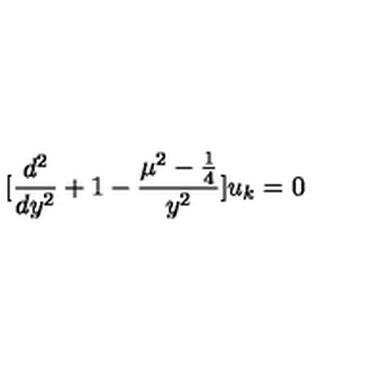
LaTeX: [ \frac { d ^ { 2 } } { d y ^ { 2 } } + 1 - \frac { \mu ^ { 2 } - \frac { 1 } { 4 } } { y ^ { 2 } } ] u _ { k } = 0